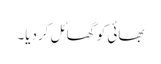
بھائی کو گھائل کردیا۔